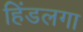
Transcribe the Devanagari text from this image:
हिंडलगा